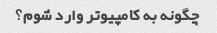
چگونه به کامپیوتر وارد شوم؟